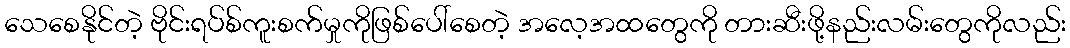
သေစေနိုင်တဲ့ ဗိုင်းရပ်စ်ကူးစက်မှုကိုဖြစ်ပေါ်စေတဲ့ အလေ့အထတွေကို တားဆီးဖို့နည်းလမ်းတွေကိုလည်း